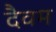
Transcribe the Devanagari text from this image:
दैवम